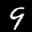
Label: 9